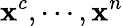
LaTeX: \mathbf{x}^{c},\cdots,\mathbf{x}^{n}